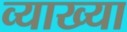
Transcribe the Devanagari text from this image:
व्याख्‍या